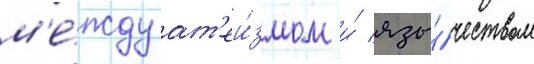
м'е́жду ат'еи́змом и́ язы́чеством